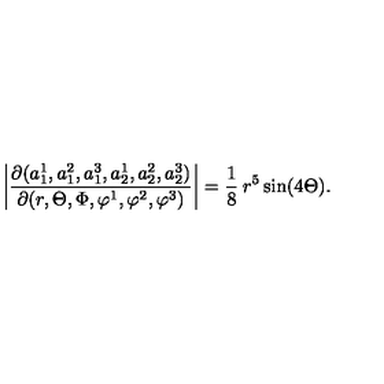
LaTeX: \left| \frac { \partial ( a _ { 1 } ^ { 1 } , a _ { 1 } ^ { 2 } , a _ { 1 } ^ { 3 } , a _ { 2 } ^ { 1 } , a _ { 2 } ^ { 2 } , a _ { 2 } ^ { 3 } ) } { \partial ( r , \Theta , \Phi , \varphi ^ { 1 } , \varphi ^ { 2 } , \varphi ^ { 3 } ) } \right| = \frac { 1 } { 8 } \: r ^ { 5 } \sin ( 4 \Theta ) .